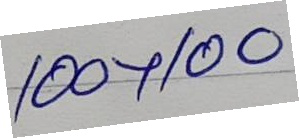
100 + 100